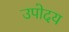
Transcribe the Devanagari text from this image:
उपोदय